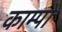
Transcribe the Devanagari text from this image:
काम्पो